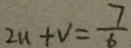
2 u + v = \frac { 7 } { 6 }